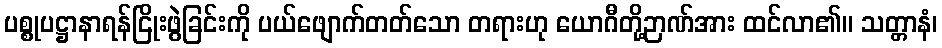
ပစ္စုပဋ္ဌာနာရန်ငြိုးဖွဲခြင်းကို ပယ်ဖျောက်တတ်သော တရားဟု ယောဂီတို့ဉာဏ်အား ထင်လာ၏။ သတ္တာနံ၊